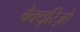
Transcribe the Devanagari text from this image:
बैक्यूरिज़ो